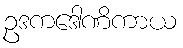
ဥဒကဒေါဏိကာယ